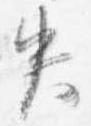
失